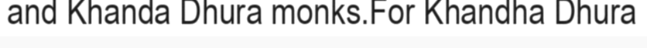
and Khanda Dhura monks.For Khandha Dhura